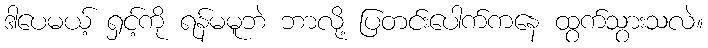
ဒါပေမယ့် ရှင့်ကို ရန်မမူဘဲ ဘာလို့ ပြတင်းပေါက်ကနေ ထွက်သွားသလဲ။